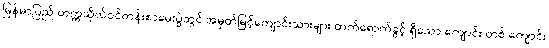
မြန်မာပြည် တက္ကသိုလ်ဝင်တန်းစာမေးပွဲတွင် အမှတ်မြင့်ကျောင်းသားများ တက်ရောက်ခွင့် ရှိသော ကျောင်း တစ် ကျောင်း